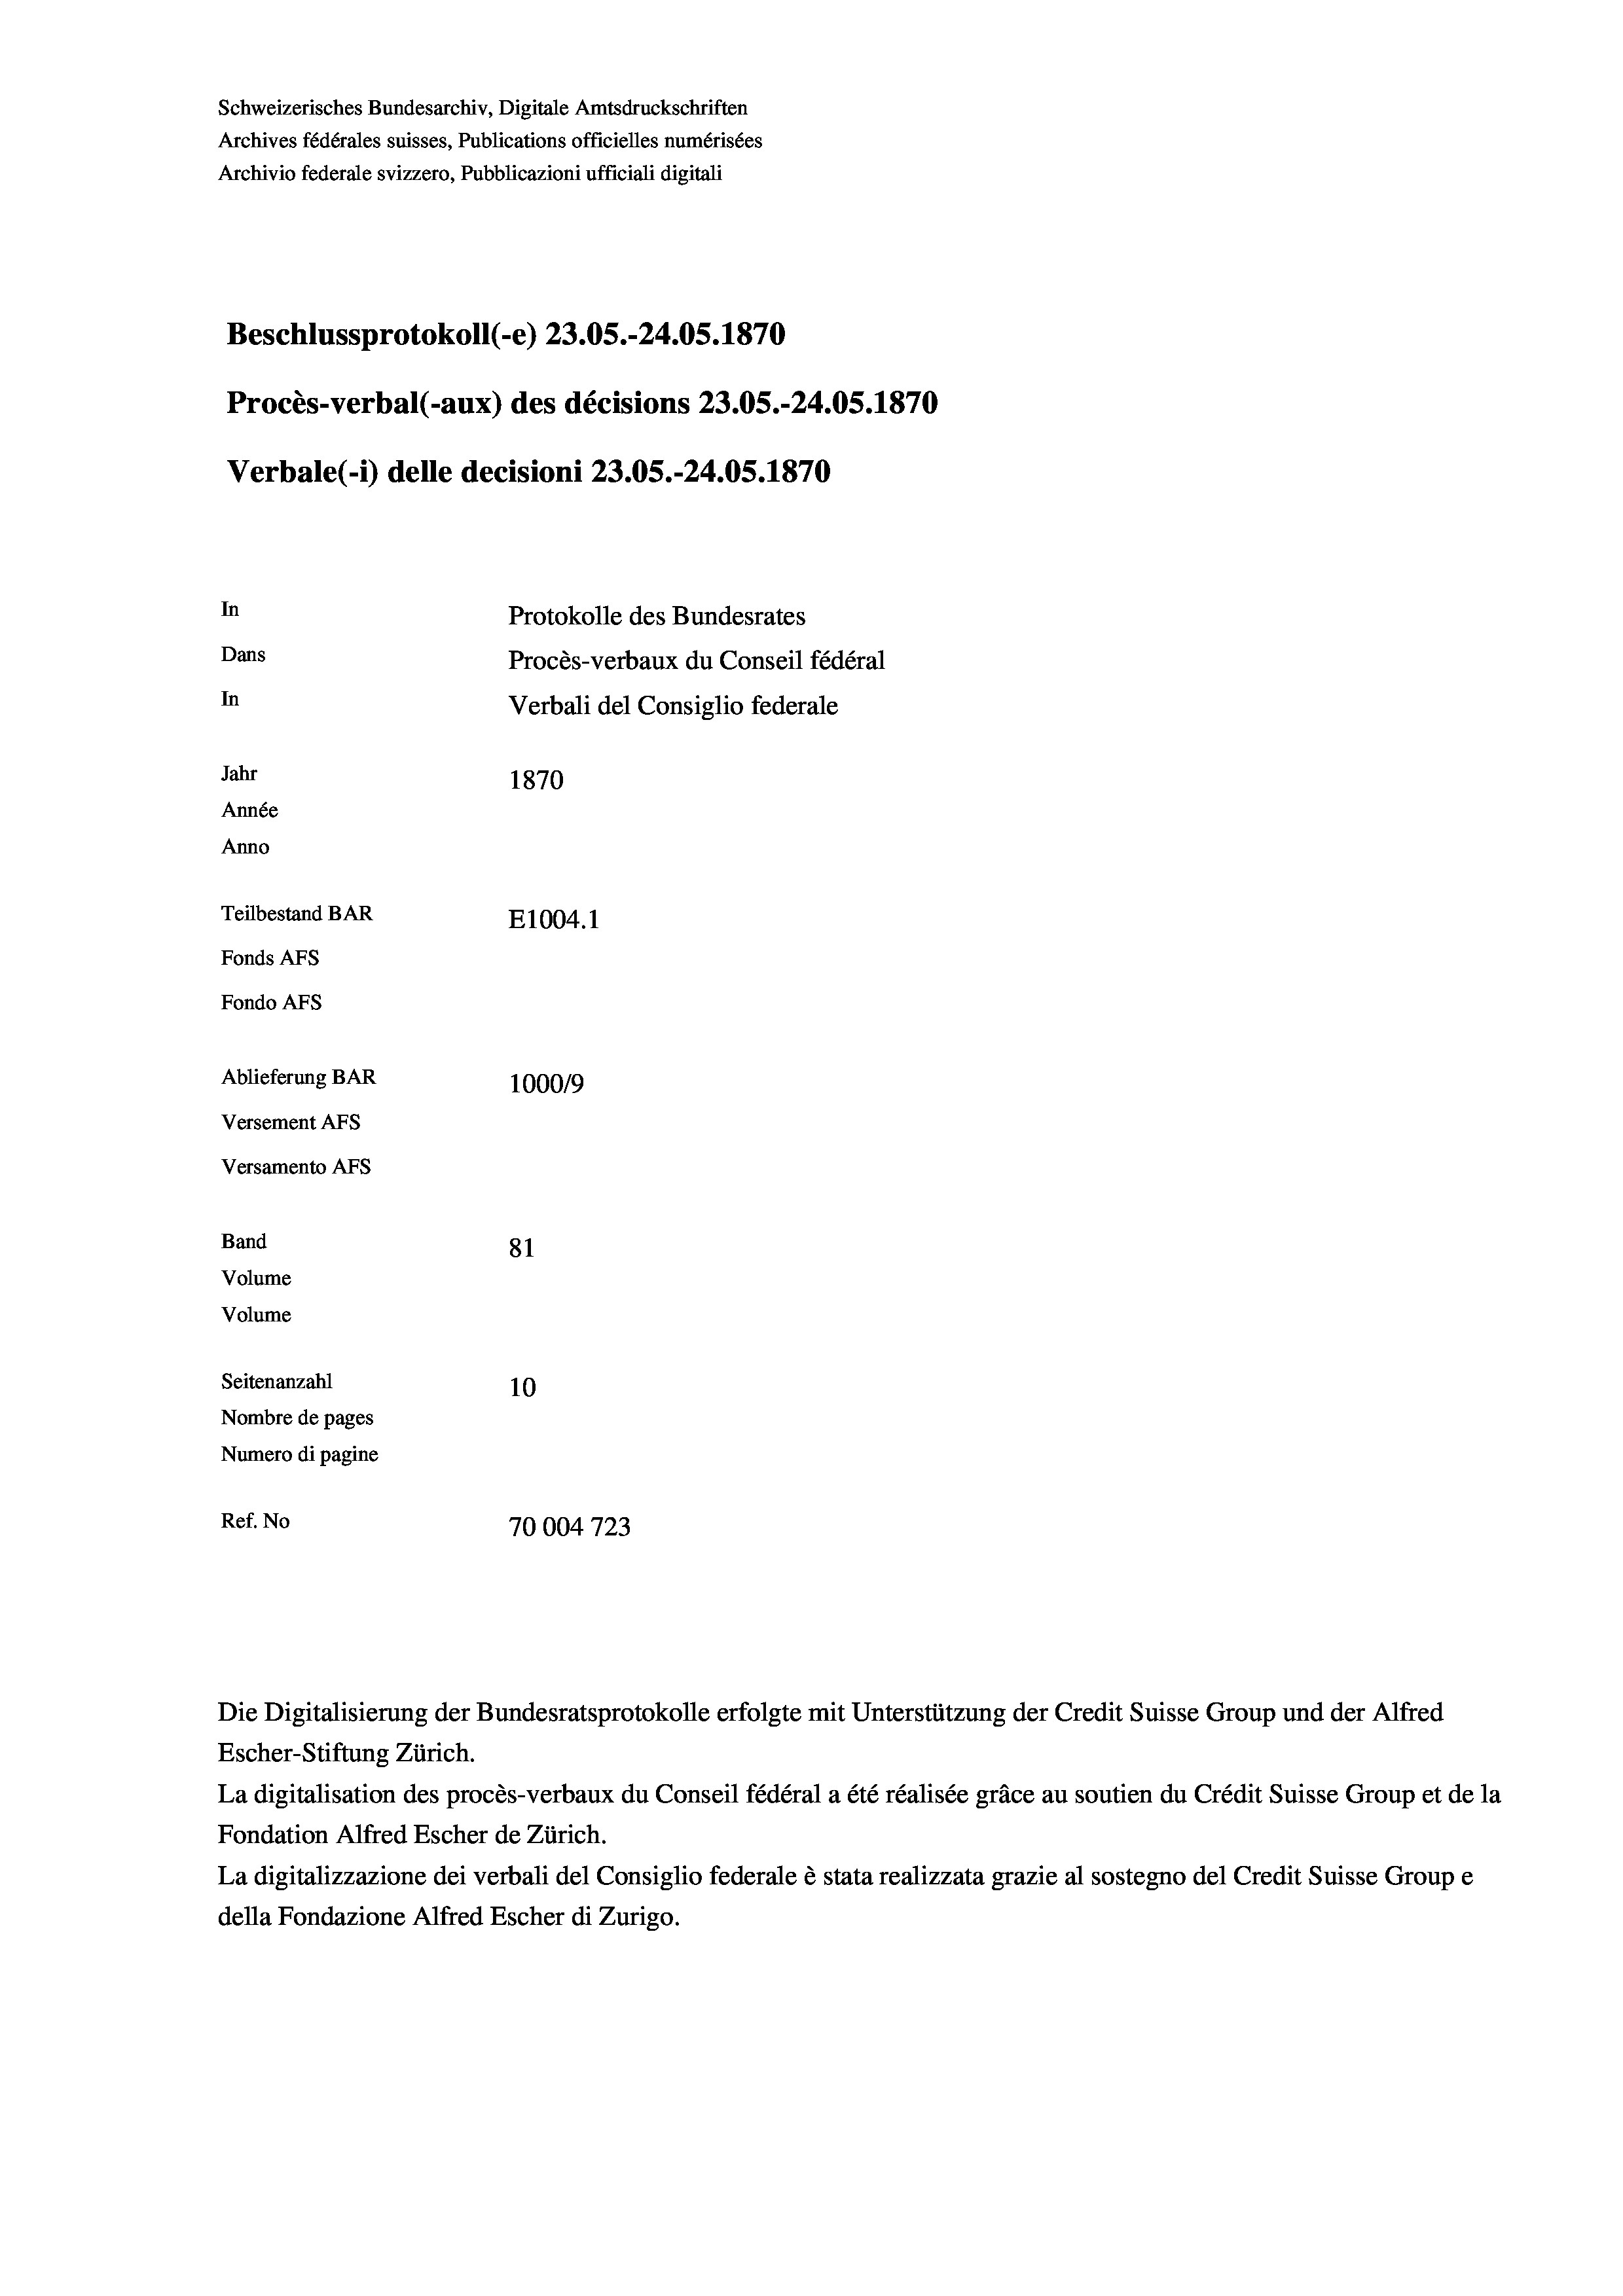
Schweizerisches Bundesarchiv, Digitale Amtsdruckschriften
Archives fédérales suisses, Publications officielles numérisées
Archivio federale svizzero, Pubblicazioni ufficiali digitali
Beschlussprotokoll (-e) 23.05.-24.05. 1870
Procès-verbal (-aux) des décisions 23.05.-24.05. 1870
Verbale (1) delle decisioni 23.05.-24.05. 1870
In
Protokolle des Bundesrates
Dans
Procès-verbaux du Conseil fédéral
In
Verbali del Consiglio federale
Jahr
1870
Année
Anno
Teilbestand BAR
E1004.1
Fonds AFs
Fondo AFs
Ablieferung BAR
100019
Versement AFs
Versamento Afs
Band
81
Volume
Volume
Seitenanzahl
10
Nombre de pages
Numero di pagine
Ref. No
70004723

Escher-Stiftung Zürich.
La digitalisation des procès-verbaux du Conseil fédéral a été réalisée gräce au soutien du Crédit Suisse Group et de la
Fondation Alfred Escher de Zürich.
La digitalizzazione dei verbali del Consiglio federale è stata realizzata grazie al sostegno del Credit Suisse Groupe
della Fondazione Alfred Escher di Zurigo.

Die Digitalisierung der Bundesratsprotokolle erfolgte mit Unterstützung der Credit Suisse Group und der Alfred